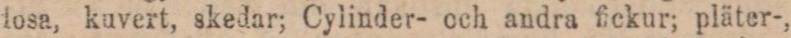
dosa, kuvert, skedar; Cylinder- och andra fickur; pläter-,